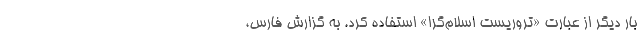
بار دیگر از عبارت «تروریست اسلام‌گرا» استفاده کرد. به گزارش فارس،